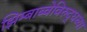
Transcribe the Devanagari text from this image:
झिम्बाब्वेविरुद्धच्या